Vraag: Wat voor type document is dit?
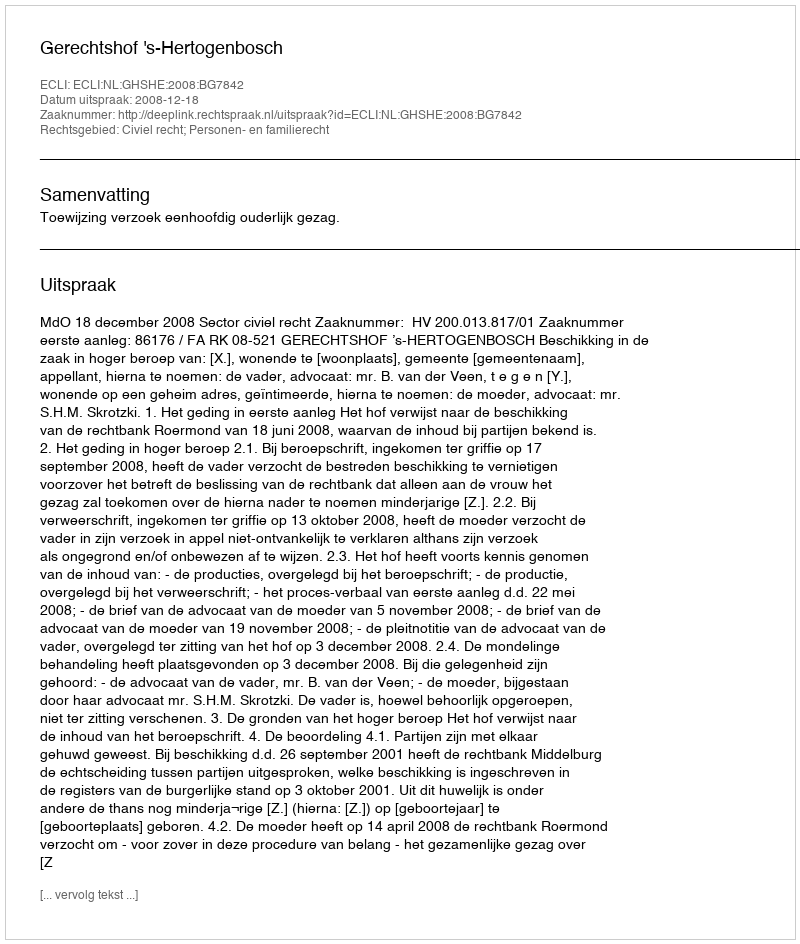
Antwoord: Uitspraak